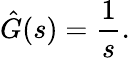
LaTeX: {\hat{G}}(s)={\frac{1}{s}}.